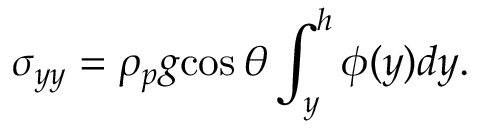
\sigma _ { y y } = \rho _ { p } { g } { \cos \theta } \int _ { y } ^ { h } \phi ( y ) d y .